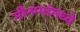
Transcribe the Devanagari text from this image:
मीनप्पांमध्ये